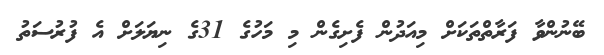
ބޭނުންވާ ފަރާތްތަކަށް މިއަދުން ފެށިގެން މި މަހުގެ 31ގެ ނިޔަލަށް އެ ފުރުސަތު